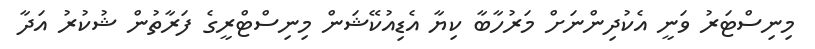
މިނިސްޓަރު ވަނީ އެކުދިންނަށް މަރުހާބާ ކިޔާ އެޑިއުކޭޝަން މިނިސްޓްރީގެ ފަރާތުން ޝުކުރު އަދާ